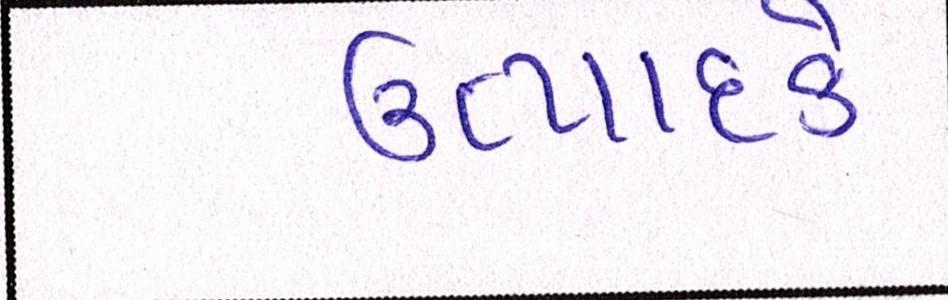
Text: ઉત્પાદકે